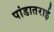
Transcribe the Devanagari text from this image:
पांडातराई